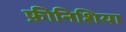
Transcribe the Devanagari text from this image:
फ़ीनिशिया